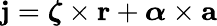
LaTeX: \mathbf{j}={\boldsymbol{\zeta}}\times\mathbf{r}+{\boldsymbol{\alpha}}\times\mathbf{a}